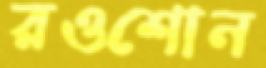
রওশোন